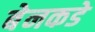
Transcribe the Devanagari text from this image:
बेनकडे